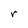
Character: r